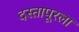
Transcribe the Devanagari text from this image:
दस्तापूरला